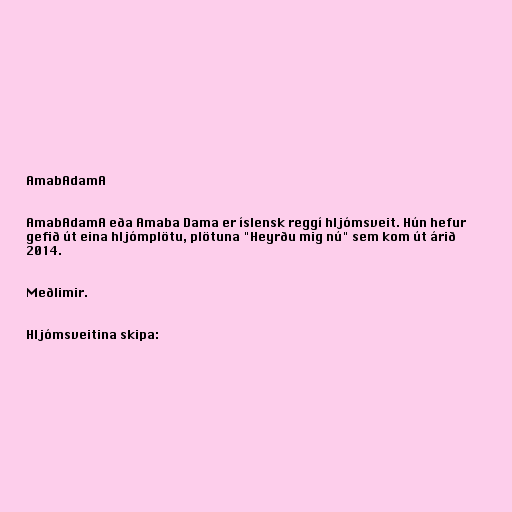
AmabAdamA

AmabAdamA eða Amaba Dama er íslensk reggí hljómsveit. Hún hefur
gefið út eina hljómplötu, plötuna "Heyrðu mig nú" sem kom út árið
2014.

Meðlimir.

Hljómsveitina skipa: